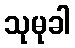
သုမုခါ